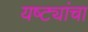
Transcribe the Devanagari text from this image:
यष्ट्यांचा